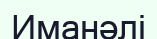
Иманәлі